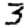
Digit: 3